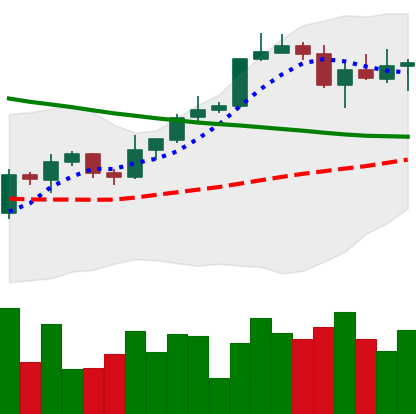
Ticker: BTC-USD
Chart end date: 2022-04-04
Forward return: -8.238%
Label: down_7plus